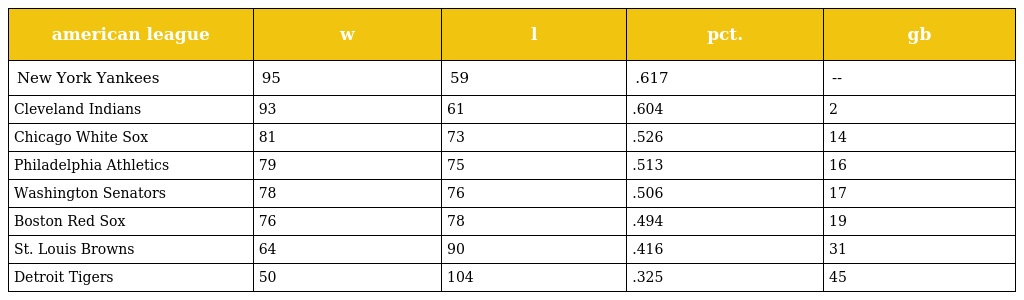
| american league | w | l | pct. | gb |
 | --- | --- | --- | --- | --- |
 | New York Yankees | 95 | 59 | .617 | -- |
 | Cleveland Indians | 93 | 61 | .604 | 2 |
 | Chicago White Sox | 81 | 73 | .526 | 14 |
 | Philadelphia Athletics | 79 | 75 | .513 | 16 |
 | Washington Senators | 78 | 76 | .506 | 17 |
 | Boston Red Sox | 76 | 78 | .494 | 19 |
 | St. Louis Browns | 64 | 90 | .416 | 31 |
 | Detroit Tigers | 50 | 104 | .325 | 45 |